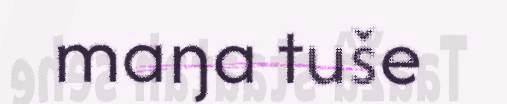
maŋa tuše